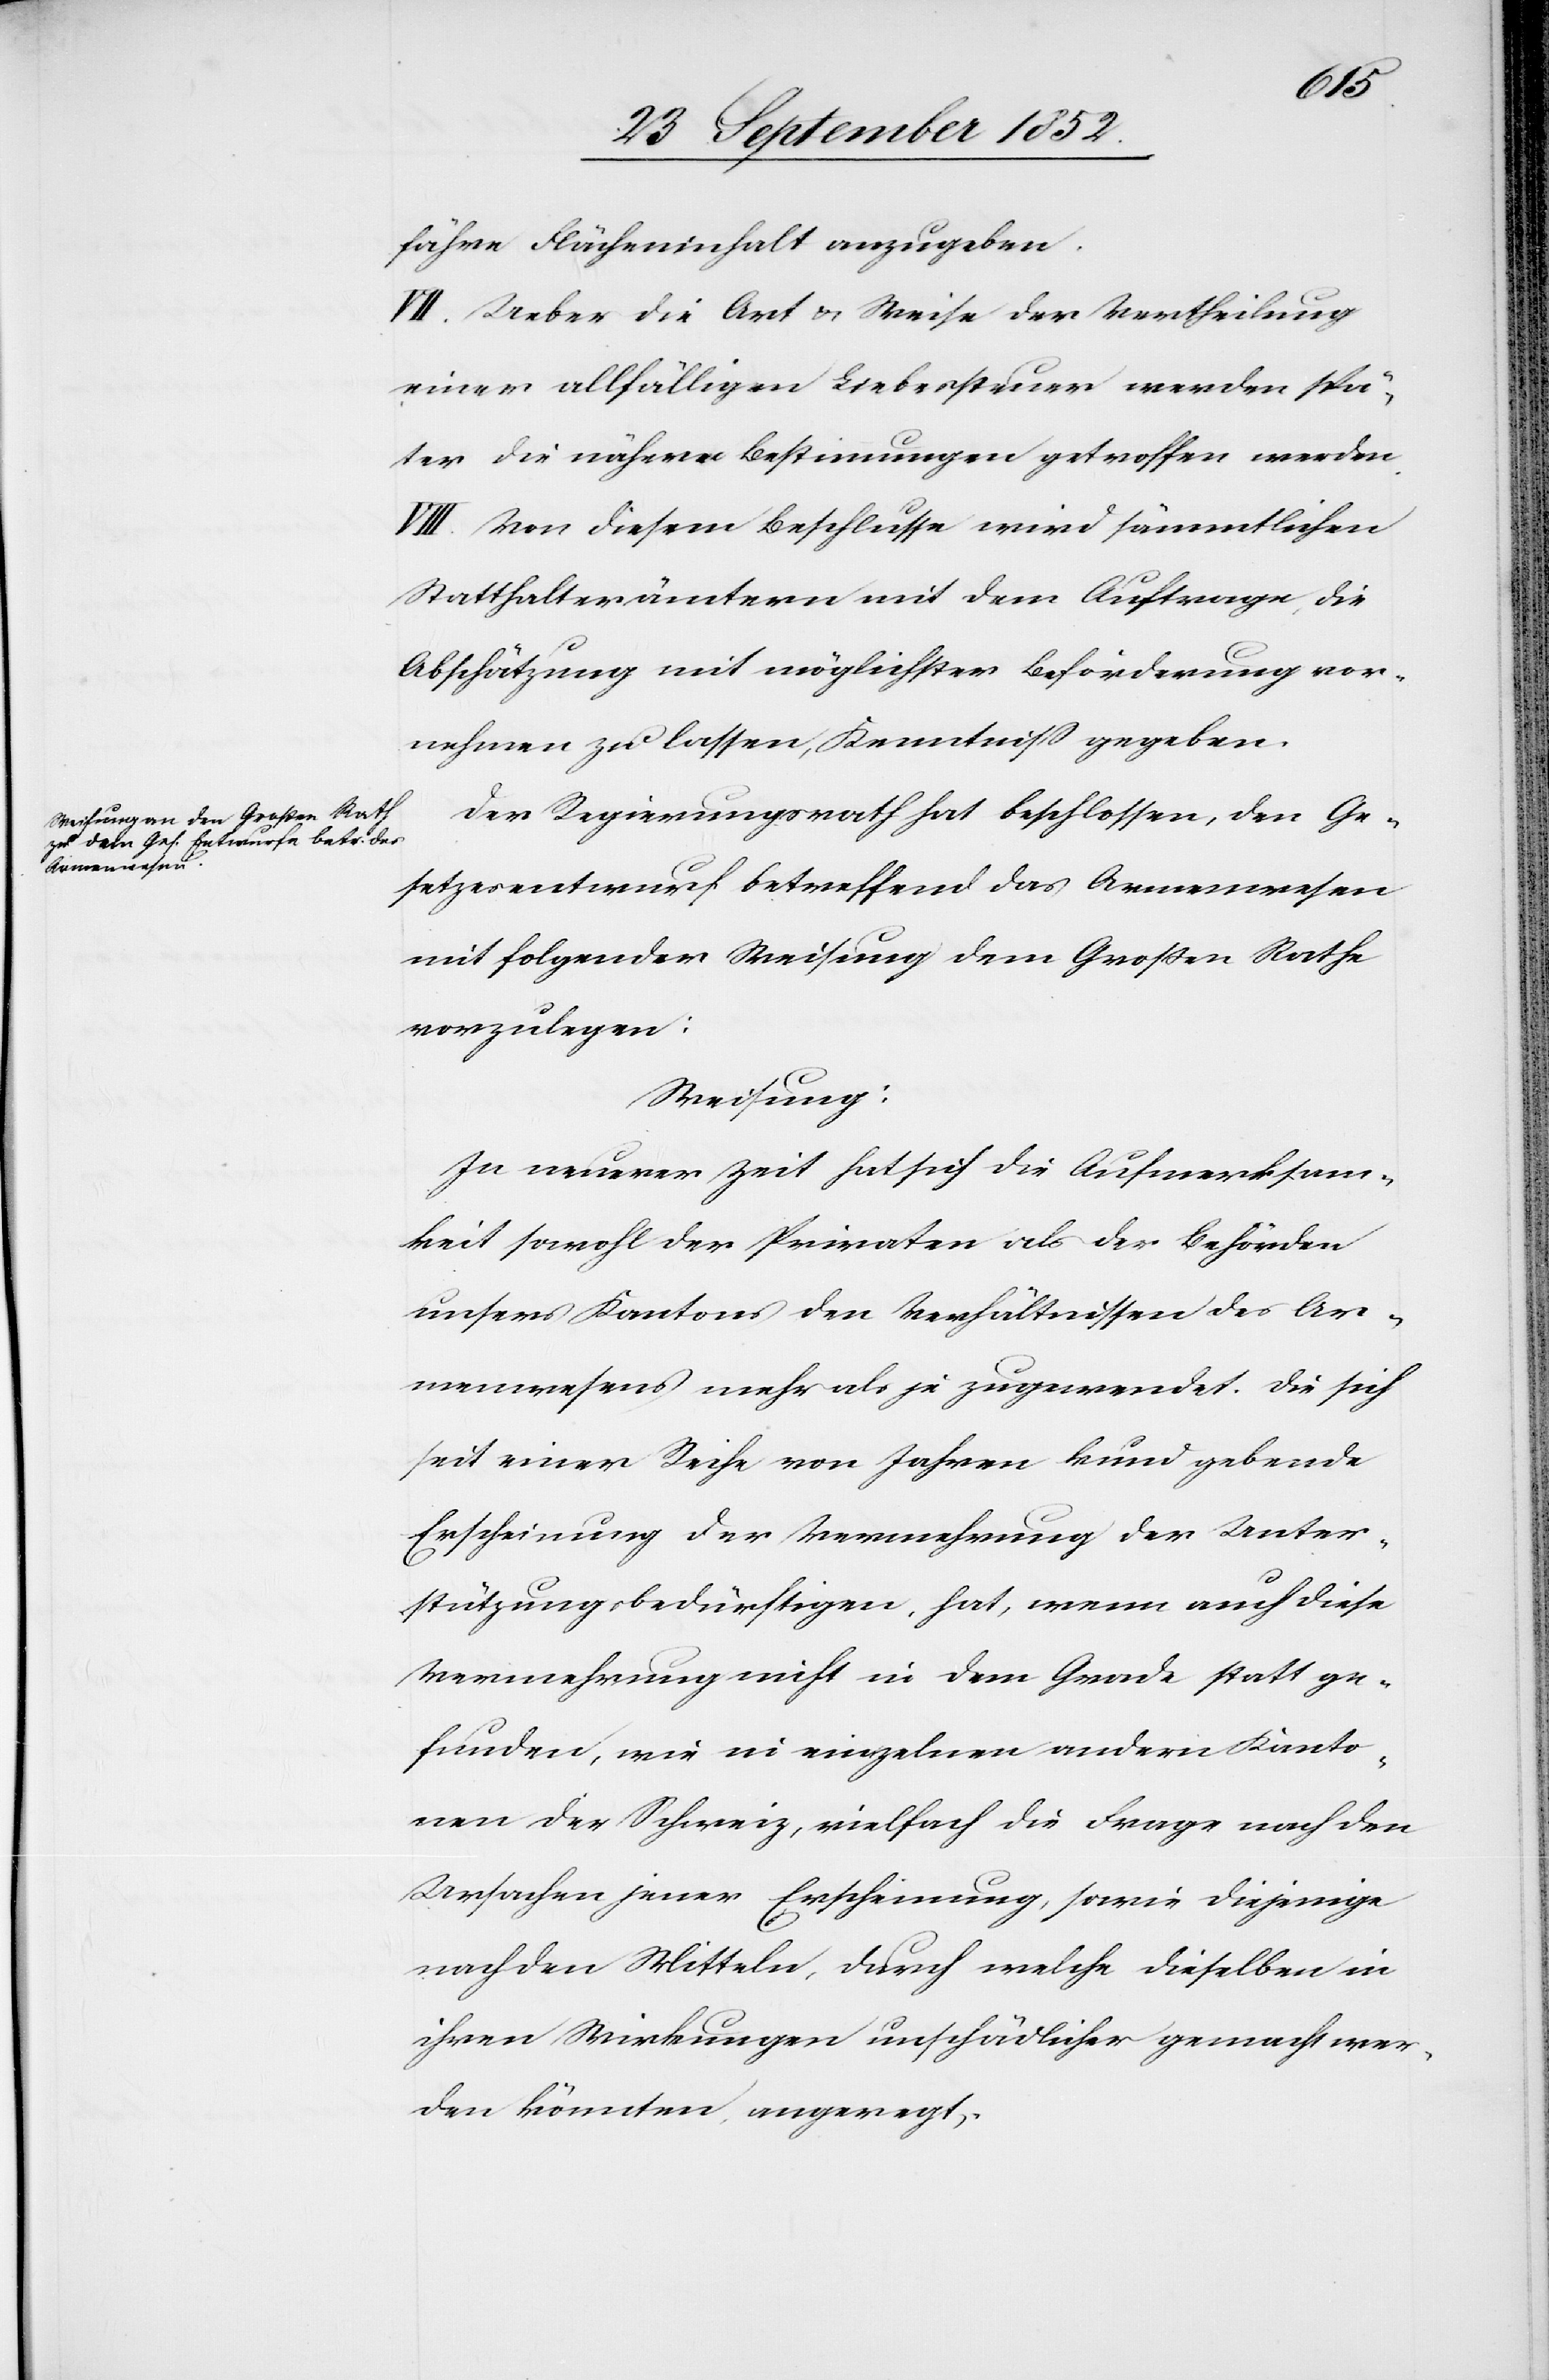
fähre Flächeninhalt anzugeben.
VII. Ueber die Art & Weise der Vertheilung
einer allfälligen Liebessteuer werden spä¬
ter die nähern Bestimmungen getroffen werden.
VIII. Von diesem Beschlusse wird sämmtlichen
Statthalterämtern mit dem Auftrage, die
Abschätzung mit möglichster Beförderung vor¬
nehmen zu lassen, Kenntniss gegeben.
Der Regierungsrath hat beschlossen, den Ge¬
setzesentwurf betreffend das Armenwesen
mit folgender Weisung dem Großen Rathe
vorzulegen:
Weisung:
In neuerer Zeit hat sich die Aufmerksam¬
keit sowohl der Privaten als der Behörden
unsers Kantons den Verhältnissen des Ar¬
menwesens mehr als je zugewendet. Die sich
seit einer Reihe von Jahren kund gebende
Erscheinung der Vermehrung der Unter¬
stützungsbedürftigen, hat, wenn auch diese
Vermehrung nicht in dem Grade statt ge¬
funden, wie in einzelnen andern Kanto¬
nen der Schweiz, vielfach die Frage nach den
Ursachen jener Erscheinung, sowie diejenige
nach den Mitteln, durch welche dieselben in
ihren Wirkungen unschädlicher gemacht wer¬
den könnten, angeregt.